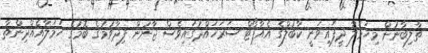
ތާލިބާނުން މިހަމަލާ ދީފައިވަނީ ކާބުލްގެ އެއާޕޯޓް ސަރަހައްދުގައިވެސް ޖާނުން ފިދާވުމުގެ ބޮމުގެ ހަމަލާއެއްދިންތާ